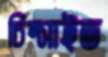
চিম্‌সাইত